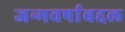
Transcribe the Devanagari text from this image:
जन्मवर्षाबद्दल